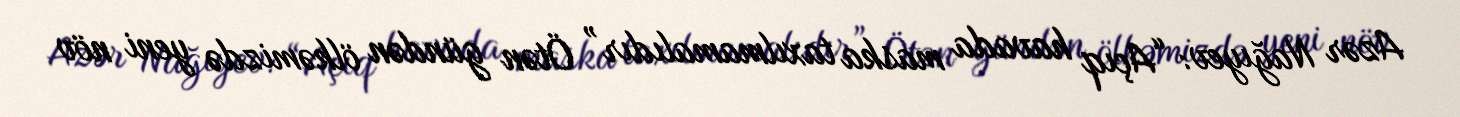
Azər Nağıyev: “Açıq havada maska taxılmamalıdır” Ötən gündən ölkəmizdə yeni növ